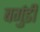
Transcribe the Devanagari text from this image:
बर्गुडी